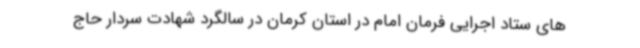
های ستاد اجرایی فرمان امام در استان کرمان در سالگرد شهادت سردار حاج